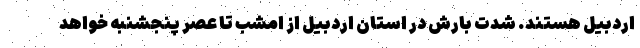
اردبیل هستند. شدت بارش در استان اردبیل از امشب تا عصر پنجشنبه خواهد